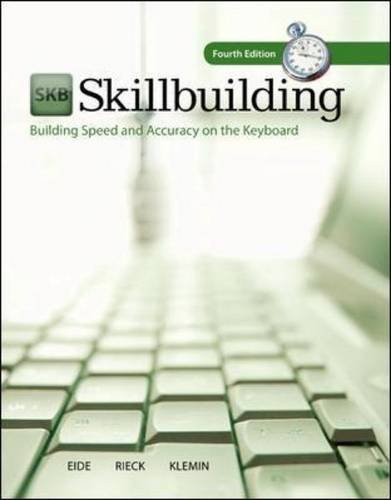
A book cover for Skillbuilding: Text Only: Building Speed and Accuracy on the Keyboard; Carole Hoffman Eide; Business & Money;